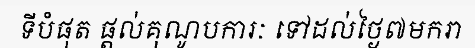
ទីបំផុត ផ្តល់គុណូបការៈ ទៅដល់ថ្ងៃ៧មករា